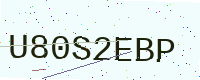
Text: U80S2EBP